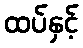
ထပ်နှင့်